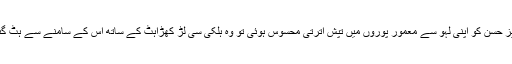
تبریز حسن کو اپنی لہو سے معمور پوروں میں تپش اترتی محسوس ہوئی تو وہ ہلکی سی لڑ کھڑاہٹ کے ساتھ اس کے سامنے سے ہٹ گئے۔